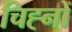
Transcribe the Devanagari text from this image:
चिह्‍नों